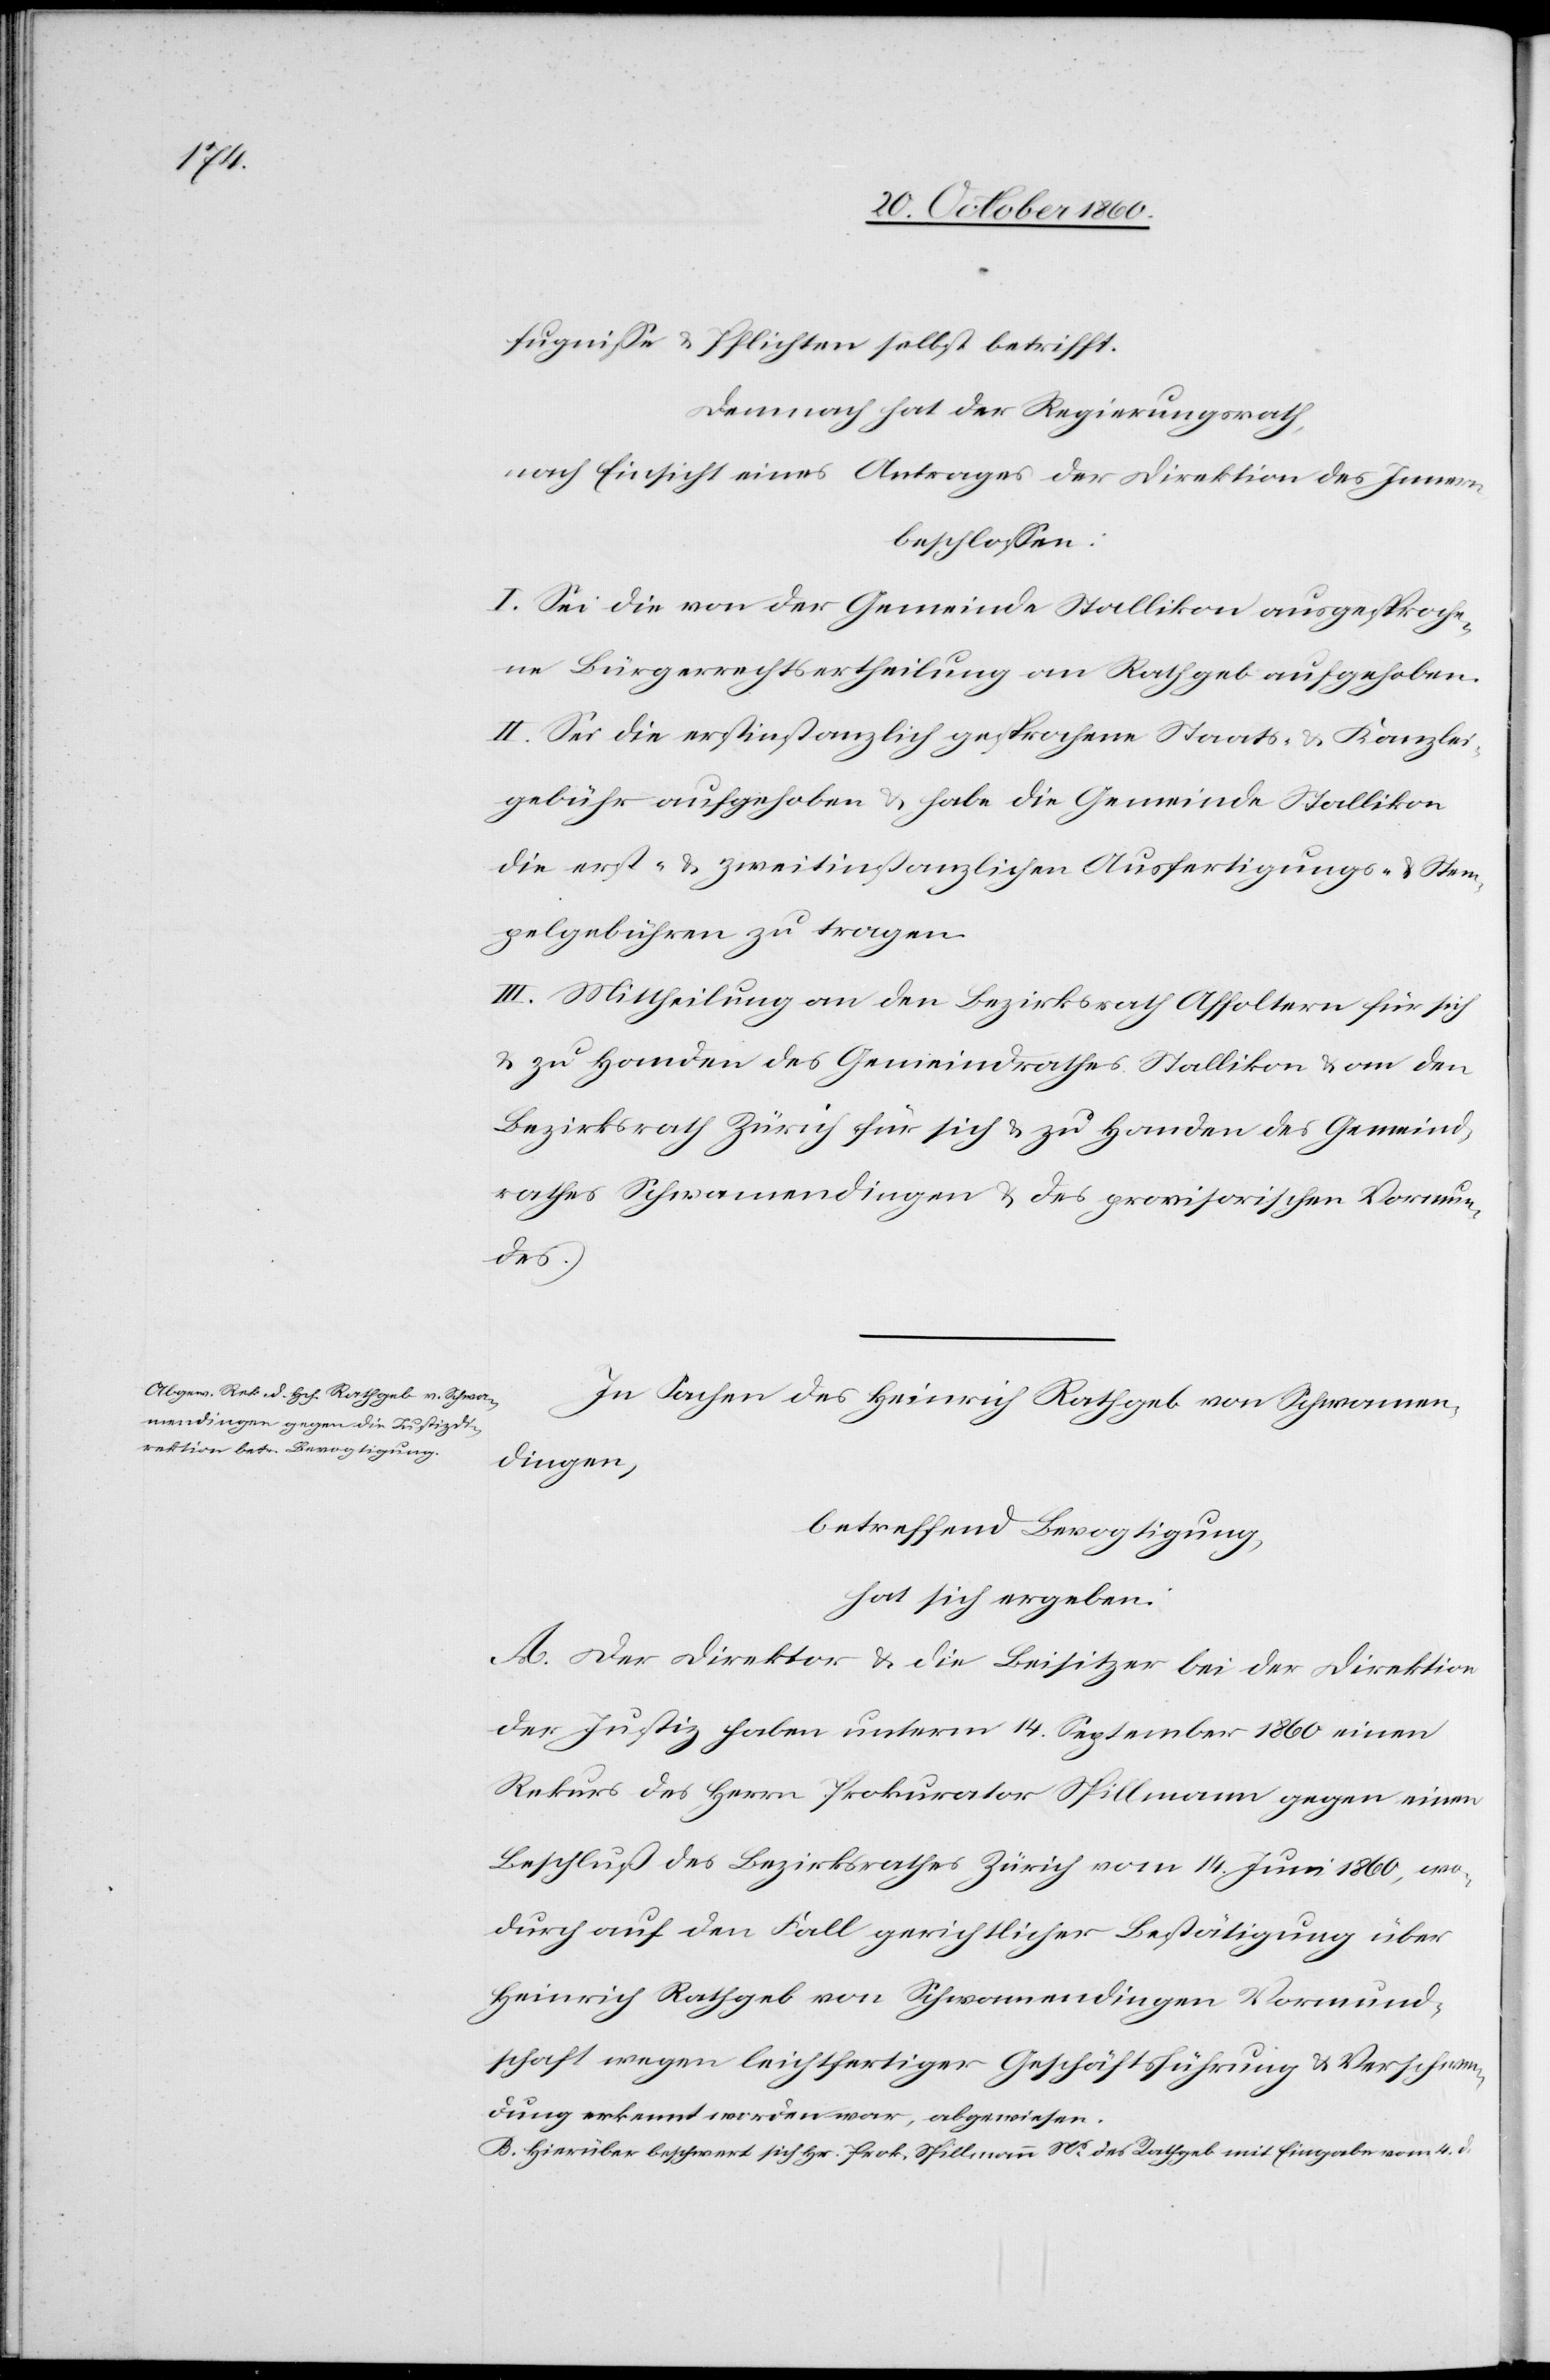
fugniße u. Pflichten selbst betrifft.
Demnach hat der Regierungsrath,
nach Einsicht eines Antrages der Direktion des Innern,
beschlossen:
I. Sei die von der Gemeinde Stallikon ausgesproche¬
ne Bürgerrechtsertheilung an Rathgeb aufgehoben.
II. Sei die erstinstanzlich gesprochene Staats- u. Kanzlei¬
gebühr aufgehoben u. habe die Gemeinde Stallikon
die erst- u. zweitinstanzlichen Ausfertigungs- u. Stem¬
pelgebühren zu tragen.
III. Mittheilung an den Bezirksrath Affoltern für sich
u. zu Handen des Gemeindrathes Stallikon u. an den
Bezirksrath Zürich für sich u. zu Handen des Gemeind¬
rathes Schwamendingen u. des provisorischen Vormun¬
des.
In Sachen des Heinrich Rathgeb von Schwamen¬
dingen,
betreffend Bevogtigung,
hat sich ergeben:
A. Der Direktion u. die Beisitzer bei der Direktion
der Justiz haben unterm 14. September 1860 einen
Rekurs des Herrn Prokurator Spillmann gegen einen
Beschluß des Bezirksrathes Zürich vom 14. Juni 1860, wo¬
durch auf den Fall gerichtlicher Bestätigung über
Heinrich Rathgeb von Schwamendingen Vormund¬
schaft wegen leichtfertiger Geschäftsführung u. Verschwen¬
dung erkennt worden war, abgewiesen.
B. Hierüber beschwert sich Hr. Prok. Spillmann Ns. des Rathgeb mit Eingabe vom 4.